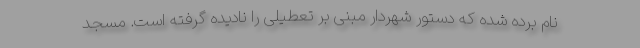
نام برده شده که دستور شهردار مبنی بر تعطیلی را نادیده گرفته است. مسجد